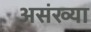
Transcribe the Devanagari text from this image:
असंख्या